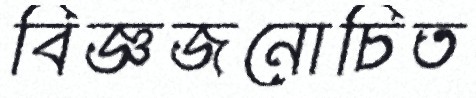
বিজ্ঞজনোচিত